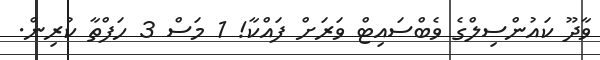
ވާދޫ ކައުންސިލްގެ ވެބްސައިޓް ވަރަށް ފައްކާ! 1 މަސް 3 ހަފްތާ ކުރިން.